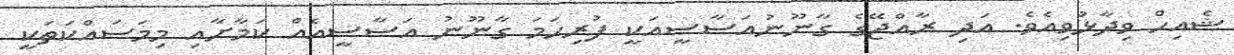
ޝެއިހް ވިދާޅުވިއެވެ. އަދި ރާއްޖޭގެ ގާނޫނުއަސާސީއަކީ ފުރިހަމަ ގާނޫނު އަސާސީއެއް ކަމާށާއި މިމަސައްކަތަކީ